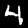
Digit: 4